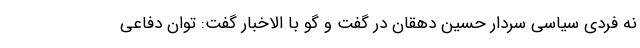
نه فردی سیاسی سردار حسین دهقان در گفت و گو با الاخبار گفت: توان دفاعی